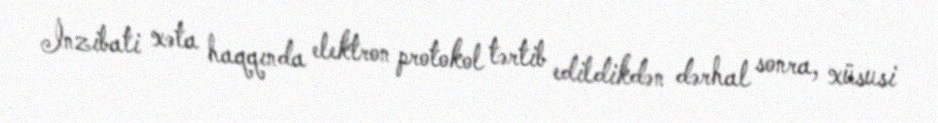
İnzibati xəta haqqında elektron protokol tərtib edildikdən dərhal sonra, xüsusi